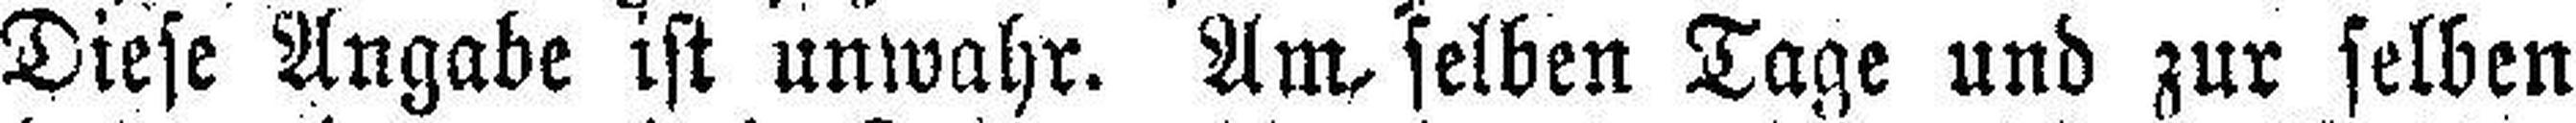
Diese Angabe ist unwahr. Am selben Tage und zur selben